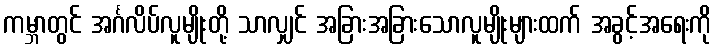
ကမ္ဘာတွင် အင်္ဂလိပ်လူမျိုးတို့ သာလျှင် အခြားအခြားသောလူမျိုးများထက် အခွင့်အရေးကို